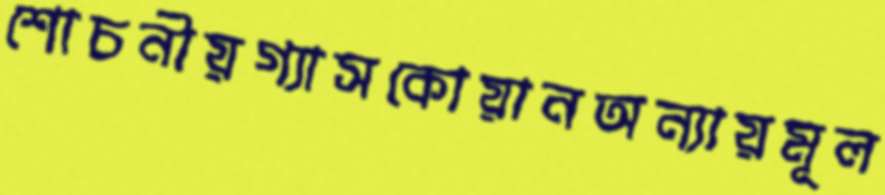
শোচনীয়গ্যাসকোয়ানঅন্যায়মূল